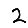
Digit: 2